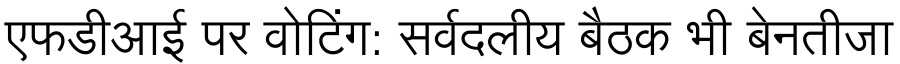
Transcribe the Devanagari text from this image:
एफडीआई पर वोटिंग: सर्वदलीय बैठक भी बेनतीजा